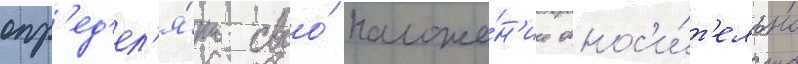
опр'ед'ел'я́ть своо́ положе́н'ие относ'и́т'ельно